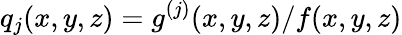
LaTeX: q_{j}(x,y,z)=g^{(j)}(x,y,z)/f(x,y,z)